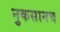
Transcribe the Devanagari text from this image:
नुकसानच